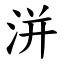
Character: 洴